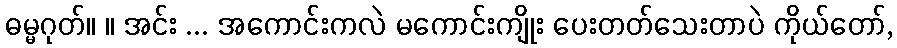
ဓမ္မဂုတ်။ ။ အင်း ... အကောင်းကလဲ မကောင်းကျိုး ပေးတတ်သေးတာပဲ ကိုယ်တော်,